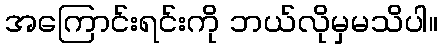
အကြောင်းရင်းကို ဘယ်လိုမှမသိပါ။